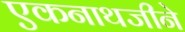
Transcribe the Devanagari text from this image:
एकनाथजीने